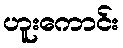
ဟူးကောင်း